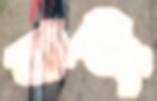
ব্যান্ডিং